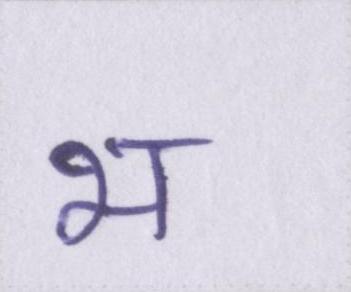
भ